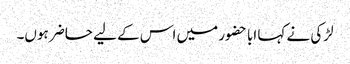
لڑکی نے کہا ابا حضور میں اس کے لیے حاضر ہوں۔